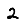
Digit: 2